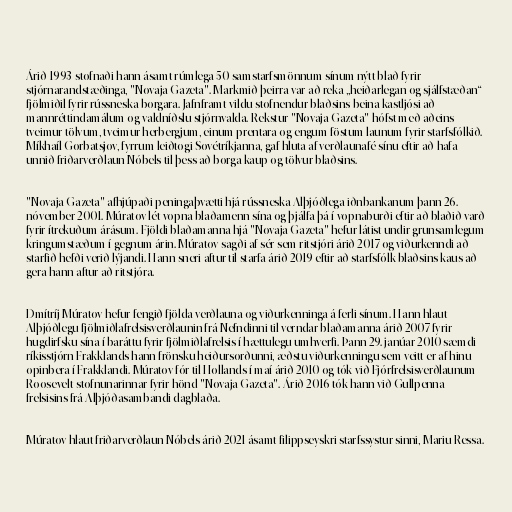
Árið 1993 stofnaði hann ásamt rúmlega 50 samstarfsmönnum sínum nýtt blað fyrir
stjórnarandstæðinga, "Novaja Gazeta". Markmið þeirra var að reka „heiðarlegan og sjálfstæðan“
fjölmiðil fyrir rússneska borgara. Jafnframt vildu stofnendur blaðsins beina kastljósi að
mannréttindamálum og valdníðslu stjórnvalda. Rekstur "Novaja Gazeta" hófst með aðeins
tveimur tölvum, tveimur herbergjum, einum prentara og engum föstum launum fyrir starfsfólkið.
Míkhaíl Gorbatsjov, fyrrum leiðtogi Sovétríkjanna, gaf hluta af verðlaunafé sínu eftir að hafa
unnið friðarverðlaun Nóbels til þess að borga kaup og tölvur blaðsins.

"Novaja Gazeta" afhjúpaði peningaþvætti hjá rússneska Alþjóðlega iðnbankanum þann 26.
nóvember 2001. Múratov lét vopna blaðamenn sína og þjálfa þá í vopnaburði eftir að blaðið varð
fyrir ítrekuðum árásum. Fjöldi blaðamanna hjá "Novaja Gazeta" hefur látist undir grunsamlegum
kringumstæðum í gegnum árin. Múratov sagði af sér sem ritstjóri árið 2017 og viðurkenndi að
starfið hefði verið lýjandi. Hann sneri aftur til starfa árið 2019 eftir að starfsfólk blaðsins kaus að
gera hann aftur að ritstjóra.

Dmítríj Múratov hefur fengið fjölda verðlauna og viðurkenninga á ferli sínum. Hann hlaut
Alþjóðlegu fjölmiðlafrelsisverðlaunin frá Nefndinni til verndar blaðamanna árið 2007 fyrir
hugdirfsku sína í baráttu fyrir fjölmiðlafrelsis í hættulegu umhverfi. Þann 29. janúar 2010 sæmdi
ríkisstjórn Frakklands hann frönsku heiðursorðunni, æðstu viðurkenningu sem veitt er af hinu
opinbera í Frakklandi. Múratov fór til Hollands í maí árið 2010 og tók við Fjórfrelsisverðlaunum
Roosevelt-stofnunarinnar fyrir hönd "Novaja Gazeta". Árið 2016 tók hann við Gullpenna
frelsisins frá Alþjóðasambandi dagblaða.

Múratov hlaut friðarverðlaun Nóbels árið 2021 ásamt filippseyskri starfssystur sinni, Mariu Ressa.